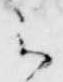
云